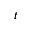
t